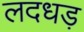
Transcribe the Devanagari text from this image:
लदधड़